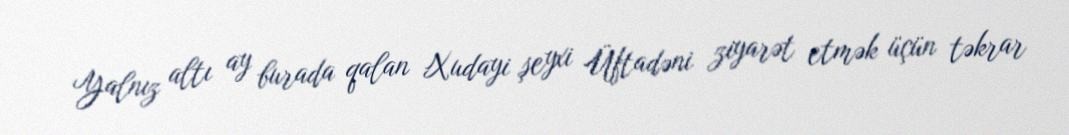
Yalnız altı ay burada qalan Xudayi şeyxi Üftadəni ziyarət etmək üçün təkrar